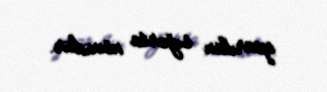
aparılan sığorta növüdür.